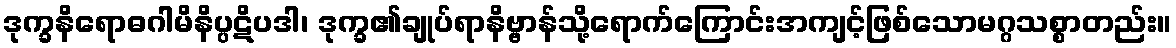
ဒုက္ခနိရောဓဂါမိနိပ္ပဋိပဒါ၊ ဒုက္ခ၏ချုပ်ရာနိဗ္ဗာန်သို့ရောက်ကြောင်းအကျင့်ဖြစ်သောမဂ္ဂသစ္စာတည်း။